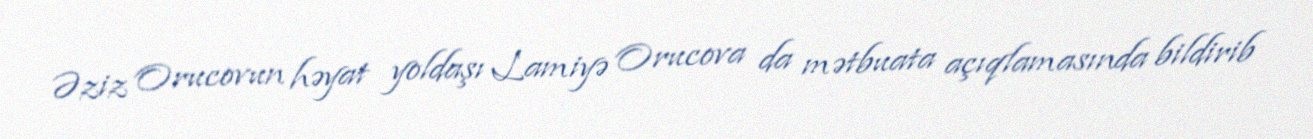
Əziz Orucovun həyat yoldaşı Lamiyə Orucova da mətbuata açıqlamasında bildirib